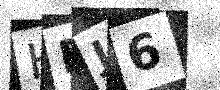
Text: HBJ6